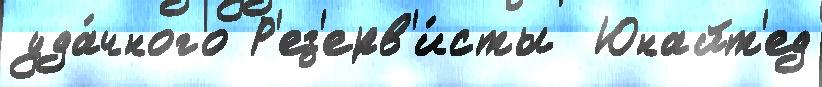
уда́чного Р'ез'ерв'и́сты  Юнайт'ед